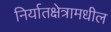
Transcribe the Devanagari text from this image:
निर्यातक्षेत्रामधील